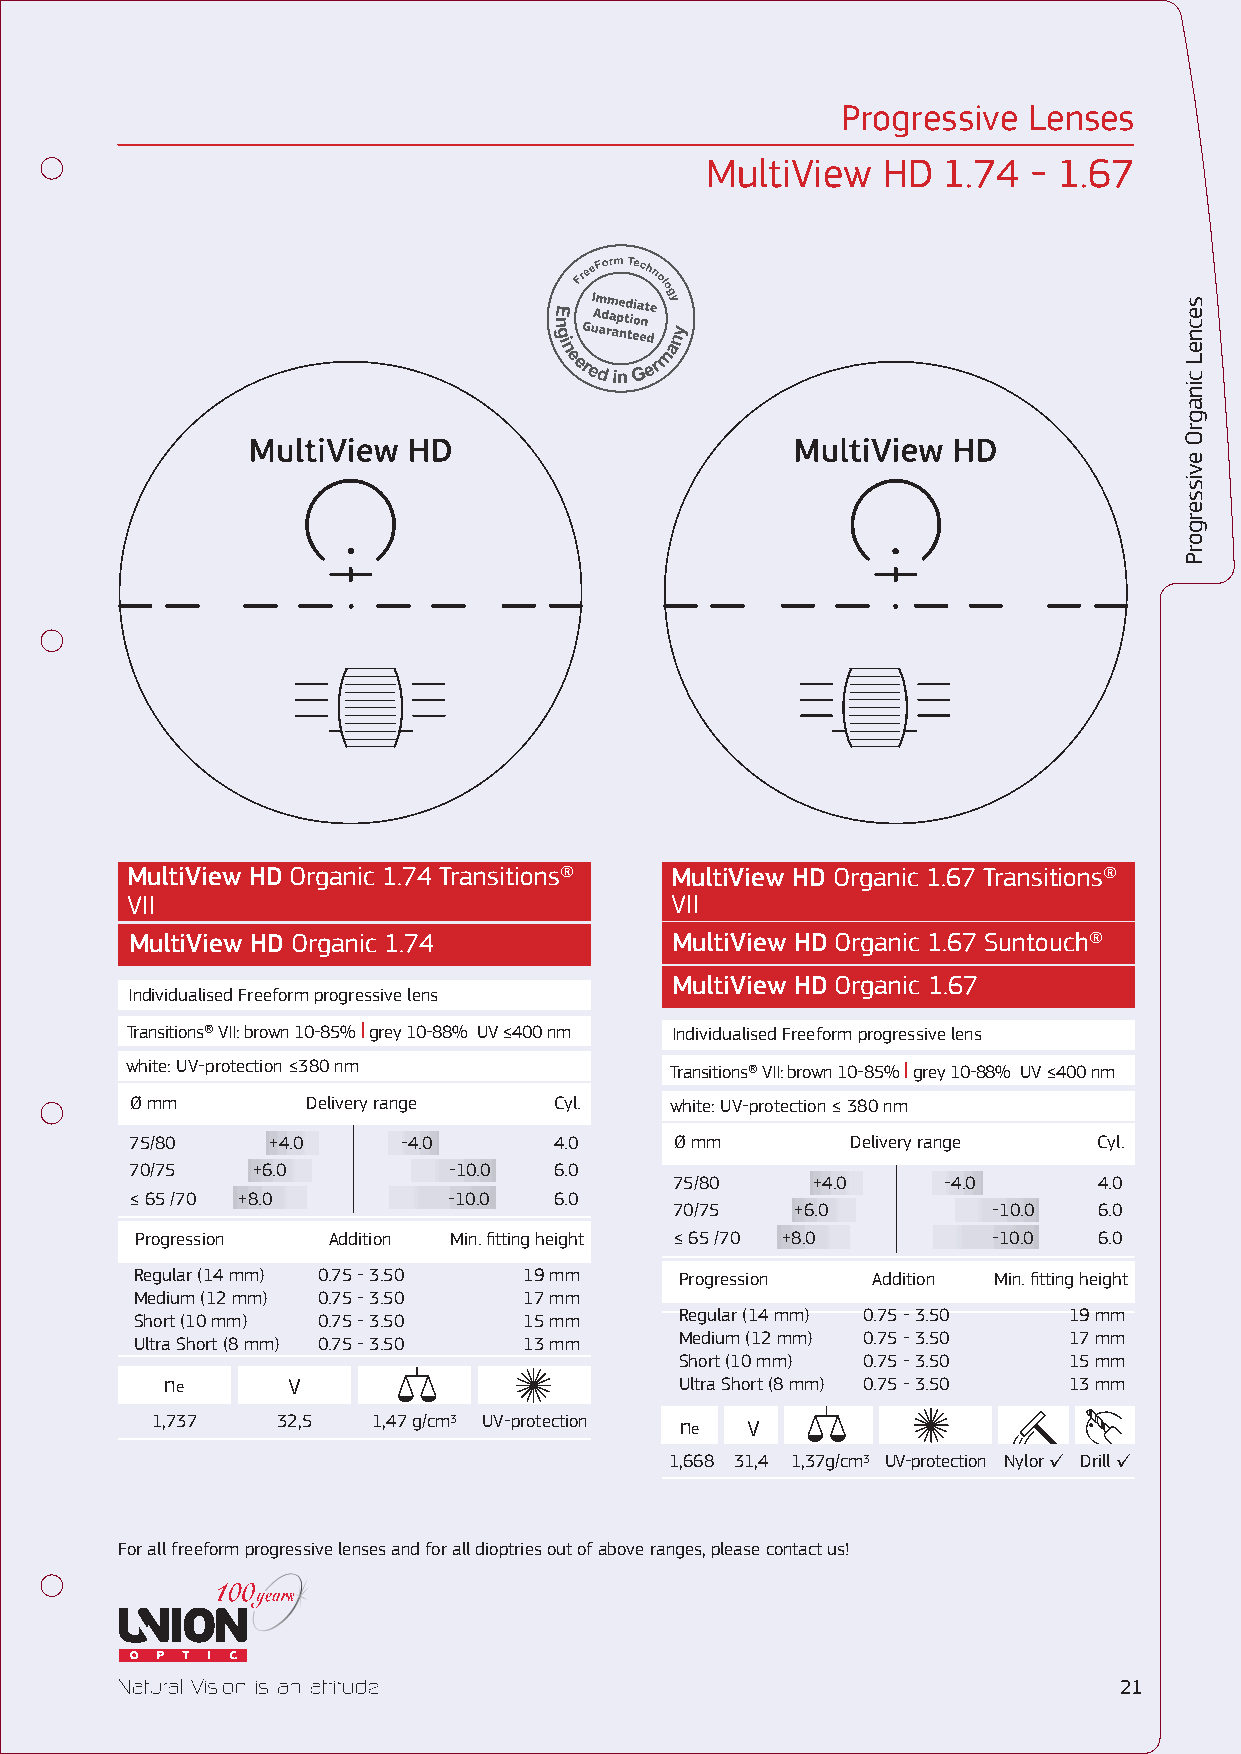
Progressive Lenses
 MultiView  HD  1.74  - 1.67
 MultiView HD Organic 1.74 Transitions® MultiView HD Organic 1.67 Transitions®
 VII                                 VII
 MultiView HD Organic 1.74          MultiView HD Organic 1.67 Suntouch®
 MultiView HD Organic 1.67
 Individualised Freeform progressive lens
 Transitions® VII: brown 10-85% I grey 10-88% UV ≤400 nm Individualised Freeform progressive lens
 white: UV-protection ≤380 nm        Transitions® VII: brown 10-85% I grey 10-88% UV ≤400 nm
 Ø mm       Delivery range   Cyl.   white: UV-protection ≤ 380 nm
 75/80    +4.0     -4.0      4.0     Ø mm       Delivery range   Cyl.
 70/75   +6.0         -10.0  6.0
 75/80    +4.0    -4.0       4.0
 ≤ 65 /70 +8.0        -10.0  6.0
 70/75  +6.0          -10.0  6.0
 Progression  Addition Min. fitting height ≤ 65 /70 +8.0  -10.0  6.0
 Regular (14 mm) 0.75 - 3.50 19 mm   Progression  Addition Min. fitting height
 Medium (12 mm) 0.75 - 3.50 17 mm
 Short (10 mm) 0.75 - 3.50 15 mm     Regular (14 mm) 0.75 - 3.50 19 mm
 Ultra Short (8 mm) 0.75 - 3.50 13 mm Medium (12 mm) 0.75 - 3.50 17 mm
 Short (10 mm) 0.75 - 3.50 15 mm
 ne      V                         Ultra Short (8 mm) 0.75 - 3.50 13 mm
 1,737   32,5   1,47 g/cm3 UV-protection ne V
 1,668 31,4 1,37g/cm3 UV-protection Nylor ✓ Drill ✓
 For all freeform progressive lenses and for all dioptries out of above ranges, please contact us!
 21
 secneL
 cinagrΟ
 evissergorP